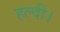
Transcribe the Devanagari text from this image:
हल्दी।